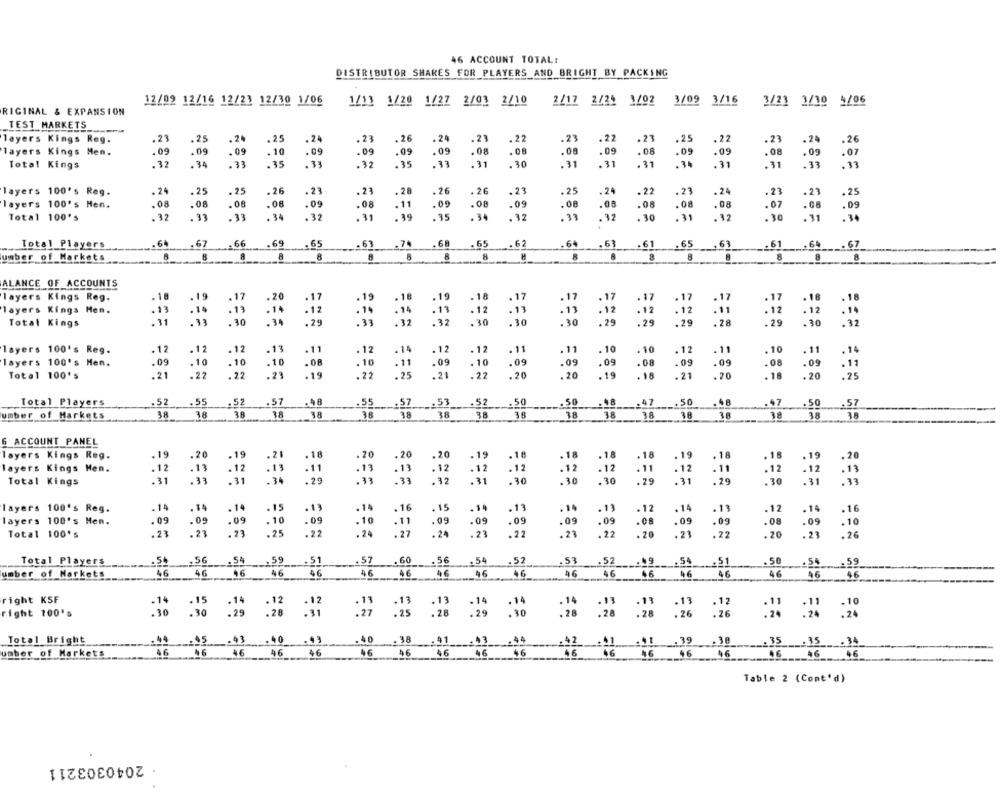
46 ACCOUNT TOTAL:
DISTRIBUTOR SHAKES FOR PLAYERS AND BRIGHT BY PACKING
12/09 12/16 12/21 12/30 1/06
1/1] 1/20 1/27 2/03 2/10
2/17 2/24 1/02
3/09 3/16
3/23 3/10 4/06
RIGINAL & EXPANSION
TEST MARKETS
.23
.26
.23
layers Kings Reg.
.25
.24
.25
. 24
.23
.24
. 22
.23
.22
.21
.25
.22
.23
.24
.26
layers Kings Men.
.09
.09
.09
.10
.09
.09
.09
.09
.08
.08
.08
.09
.08
.09
.09
.09
.07
Total Kings
.32
. 34
.33
.35
. 33
. 32
.35
.33
.31
. 30
.31
.31
.31
.34
.31
.31
.33
. 33
layers 100's Reg.
. 24
. 25
.25
.26
.23
.23
. 28
.26
. 26
.21
.25
.24
. 22
.23
.24
.23
.23
.25
layers 100's Hen.
.08
.0
.08
.08
.09
.08
.11
.09
.08
.09
.08
.08
.08
.08
. 08
.07
.08
Total 100's
. 32
. 33
.33
. 34
.32
.31
.39
.35
.34
.32
.39
. 30
.31
. 12
.30
.31
.92
Total Players
.64
1.67
.66 .69
.65
6
.74
.68
.65
.62
.64
.63
.61
.65
.63
.61
.69 ___. 67
umber of Markets
8
8
8
-1
8
8
8
8
ALANCE OF ACCOUNTS
. 18
.19
.19
layers Kings Reg.
20
.17
. 19
. 17
. 17
.17
. 18
layers Kings Hen.
. 13
.14
. 13
. 14
.12
. 14
. 13
. 13
. 12
.11
: 12
. 12
.14
30
.29
: 12
30
. 13
.29
: 12
.29
. 29
.32
Total Kings
. 33
. 32
.30
.28
.30
layers 100's Reg.
.12
. 12
.12
.11
.10
.11
. 10
.11
.13
.12
- 14
.12
. 11
.11
. 10
.12
layers 100's Men.
.09
.10
.10
. 10
.08
.10
. 11
.09
. 10
.09
.09
.09
.08
.09
.09
.08
.09
Total 100's
.21
.22
22
.23
.19
.22
. 25
.21
. 22
.20
.20
. 19
. 18
. 21
. 20
. 18
.20
.25
Total Players
.52
.55
. 52
.57
.46
.55
:53
.52
.50
.50
48
.47
.50
.47
.50
.57
umber of Markets
38
38
38
38
38
38
18
38
78
38
38
38
38
38
3.8
18
6 ACCOUNT PANEL
layers Kings Reg.
.19
.20
-19
.18
.20
.20
.18
. 18
.18
.18
.19
.18
. 16
.19
.20
.20
.19
layers Kings Men.
. 12
.11
. 12
. 13
.11
.13
.13
.12
. 12
.12
.12
. 12
.11
.12
.11
.12
.12
. 13
.31
. 33
.31
. 29
. 33
33
. 12
.30
. 30
.30
.79
.31
.29
-31
Total Kings
.30
.33
layers 100's Reg.
.14
.14
.14
.15
.13
.14
. 16
. 15
.13
. 14
.13
. 12
. 14
. 11
.12
.14
.16
.09
.09
.09
.10
.09
.09
.09
.09
layers 100's Hen.
.10
.11
.09
.09
.09
.09
.08
.09
. 10
Total 100's
.23
.23
. 23
.25
.22
.24
. 27
. 24
.23
.22
23
. 22
. 20
. 21
.22
.20
.23
. 26
Total Players
.54
.56
.57
.60
__. 56
.52
.53
.52
.54 ___. 59
.51
.54
.5t
.51
.50
,59
umber of Markets
46
46
46
46
46
46
46
46
46
+6
46
46
46
46
right KSF
.12
.13
.14
.14
.13
.13
.14
. 15
.14
. 12
. 13
.13
. 14
.12
.11
.11
.10
right 100's
.30
29
.28
.31
.27
.25
. 28
.29
.30
28
.28
. 26
.26
.24
.24
.24
.44
.45
.43
40
.43
.40
. 38
.41
.43
.44
Total Bright
41
.39
.30
:35 ___: 35 ___. 34
unber of Markets
46
46
46
46
46
46
46
46
06
46
46
46 __ 46
46
Table 2 (Cont'd)
· 2040303211